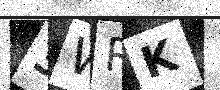
Text: 3WRK